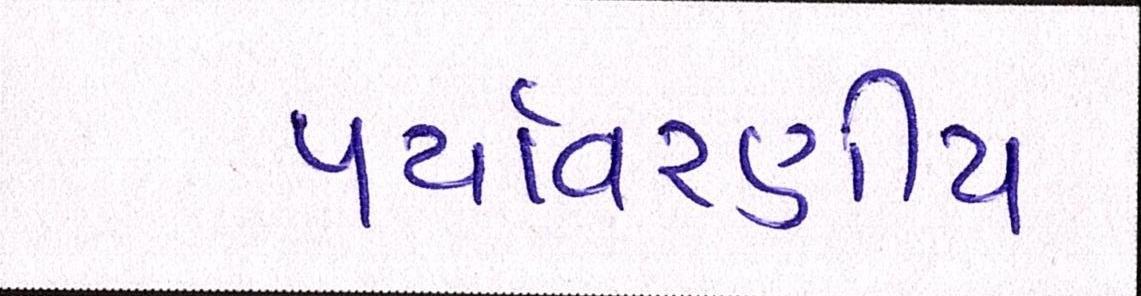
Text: પર્યાવરણીય